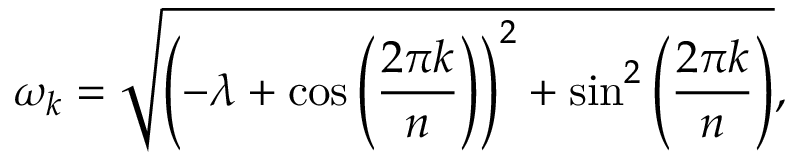
\omega _ { k } = \sqrt { \left( - \lambda + \cos { \left( \frac { 2 \pi k } { n } \right) } \right) ^ { 2 } + \sin ^ { 2 } { \left( \frac { 2 \pi k } { n } \right) } } ,